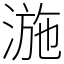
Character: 湤